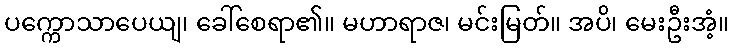
ပက္ကောသာပေယျ၊ ခေါ်စေရာ၏။ မဟာရာဇ၊ မင်းမြတ်။ အပိ၊ မေးဦးအံ့။